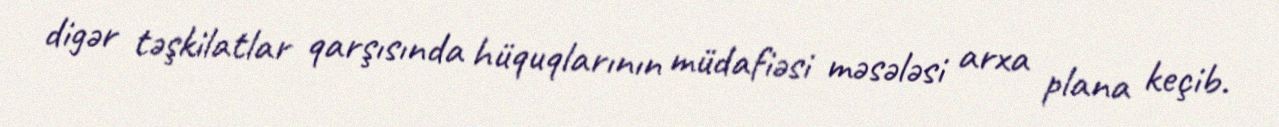
digər təşkilatlar qarşısında hüquqlarının müdafiəsi məsələsi arxa plana keçib.